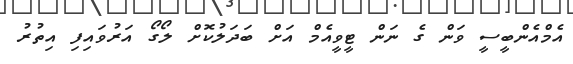
އެމްއެންބީސީ ވަން ގެ ނަން ޓީވީއެމް އަށް ބަދަލުކޮށް ލޯގޯ އަރުވައިފި އިތުރު